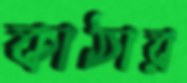
কাঠার